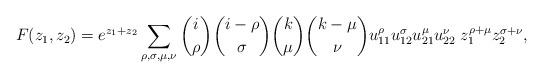
LaTeX: \begin{align*}F(z_1,z_2)=e^{z_1+z_2}\sum_{\rho,\sigma,\mu,\nu}\binom{i}{\rho}\binom{i-\rho}{\sigma}\binom{k}{\mu}\binom{k-\mu}{\nu}u_{11}^{\rho}u_{12}^{\sigma}u_{21}^{\mu}u_{22}^{\nu}\;z_1^{\rho+\mu}z_2^{\sigma+\nu},\end{align*}